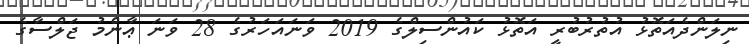
ނިލަންދެއަތޮޅު އުތުރުބުރީ އަތޮޅު ކައުންސިލްގެ 2019 ވަނައަހަރުގެ 28 ވަނަ ޢާންމު ޖަލްސާގެ